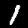
Label: 1